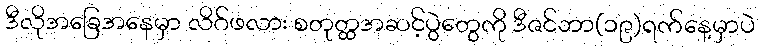
ဒီလိုအခြေအနေမှာ လိဂ်ဖလား စတုတ္ထအဆင့်ပွဲတွေကို ဒီဇင်ဘာ(၁၉)ရက်နေ့မှာပဲ